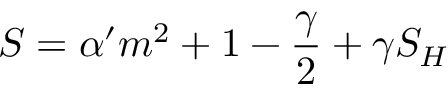
S = \alpha ^ { \prime } { \sl m } ^ { 2 } + 1 - \frac \gamma 2 + \gamma S _ { H }